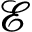
\mathcal E